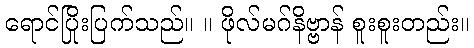
ရောင်ပြိုးပြက်သည်။ ။ ဖိုလ်မဂ်နိဗ္ဗာန် စူးစူးတည်း။